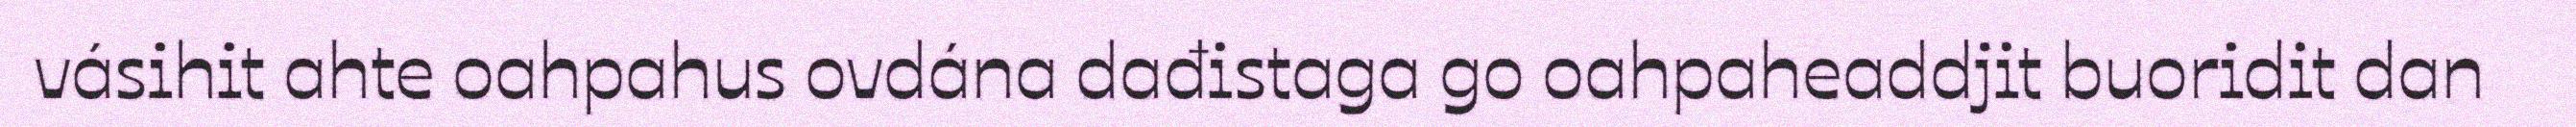
vásihit ahte oahpahus ovdána dađistaga go oahpaheaddjit buoridit dan